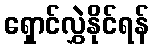
ရှောင်လွှဲနိုင်ရန်